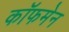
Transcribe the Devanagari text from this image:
कॉफमेन